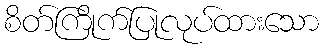
စိတ်ကြိုက်ပြုလုပ်ထားသော